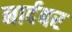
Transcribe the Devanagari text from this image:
नार्दबर